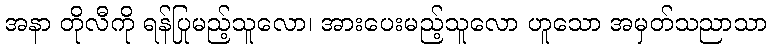
အနာ တိုလီကို ရန်ပြုမည့်သူလော၊ အားပေးမည့်သူလော ဟူသော အမှတ်သညာသာ